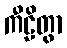
ကီဠိတွာ